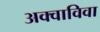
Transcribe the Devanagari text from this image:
अक्वाविवा